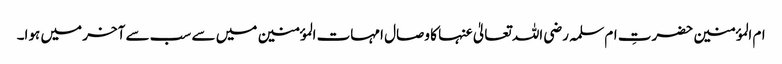
ام المؤمنین حضرتِ ام سلمہ رضی اللہ تعالیٰ عنہا کا وصال امہات المؤمنین میں سے سب سے آخر میں ہوا۔